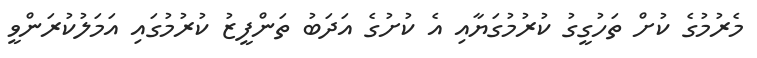
މެރުމުގެ ކުށް ތަހުގީގު ކުރުމުގަޔާއި އެ ކުށުގެ އަދަބު ތަންފީޒު ކުރުމުގައި އަމަލުކުރަންވީ